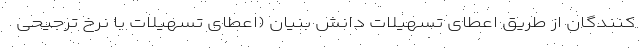
کنندگان از طریق اعطای تسهیلات دانش بنیان (اعطای تسهیلات با نرخ ترجیحی